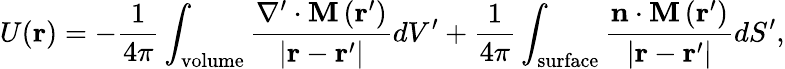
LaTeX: U(\mathbf{r})=-{\frac{1}{4\pi}}\int_{\mathrm{volume}}{\frac{\nabla^{\prime}\cdot\mathbf{M\left(r^{\prime}\right)}}{|\mathbf{r}-\mathbf{r}^{\prime}|}}dV^{\prime}+{\frac{1}{4\pi}}\int_{\mathrm{surface}}{\frac{\mathbf{n}\cdot\mathbf{M\left(r^{\prime}\right)}}{|\mathbf{r}-\mathbf{r}^{\prime}|}}dS^{\prime},